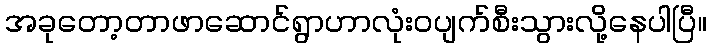
အခုတော့တာဖာဆောင်ရွာဟာလုံးဝပျက်စီးသွားလို့နေပါပြီ။